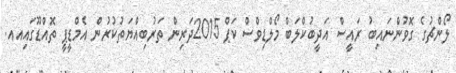
ލޯންޗުގެ ގޮވުންނައިބު ރައީސް އަދީބުކްލަބް މޯލްޑިވްސް ކަޕް 2015ދަރިން ތަރުބިއްޔަތުކުރުން އެމްޑީޕީ ތޮއްޑޫގައިއއ.